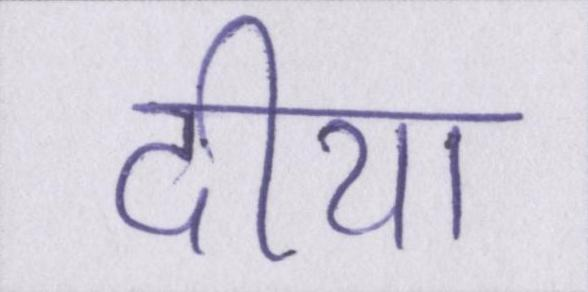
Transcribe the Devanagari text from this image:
दीया